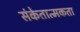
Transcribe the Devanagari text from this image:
संकेतात्मकता